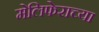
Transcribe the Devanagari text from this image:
मेलिफेराच्या